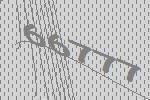
66777